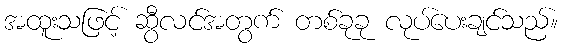
အထူးသဖြင့် ဆွီလင်အတွက် တစ်ခုခု လုပ်ပေးချင်သည်။